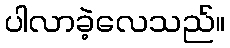
ပါလာခဲ့လေသည်။